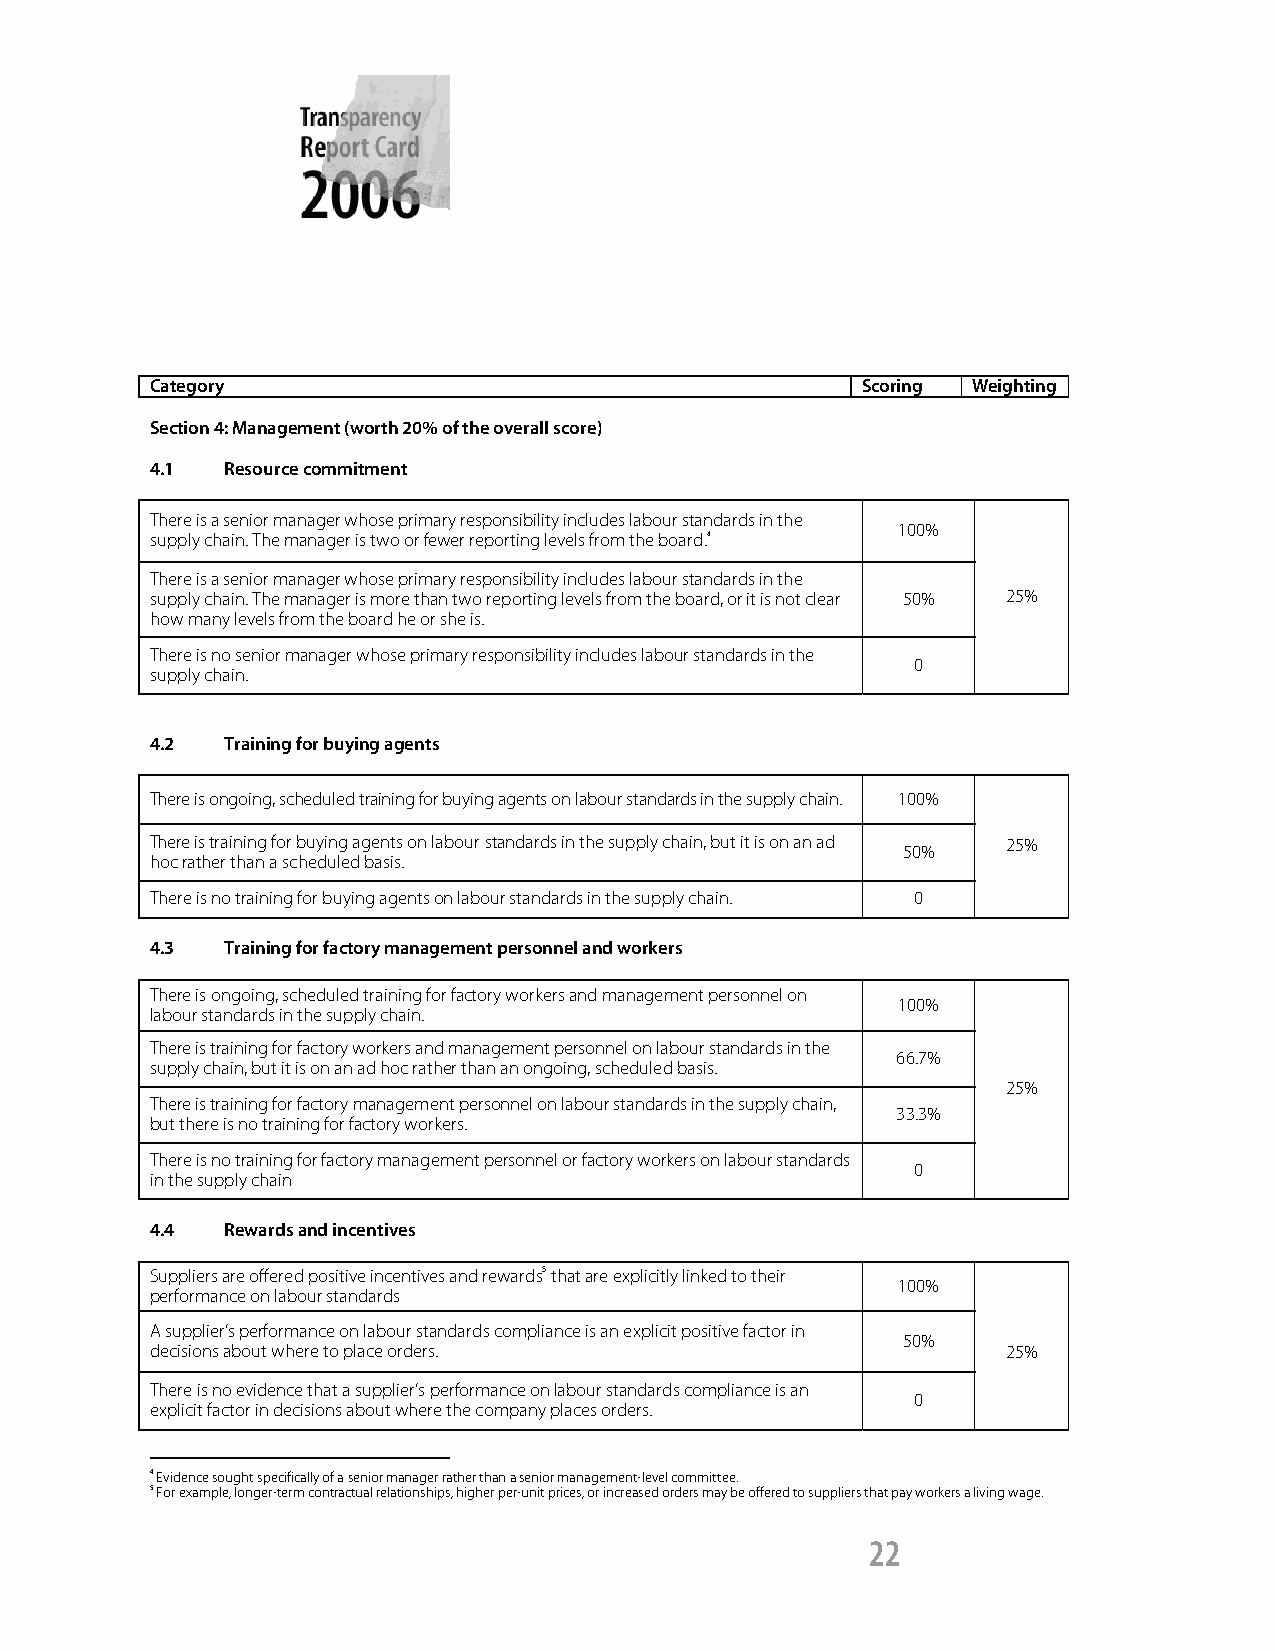
Category                                       Scoring Weighting
 Section 4: Management (worth 20% of the overall score)
 4.1  Resource commitment
 There is a senior manager whose primary responsibility includes labour standards in the
 100%
 supply chain. The manager is two or fewer reporting levels from the board.4
 There is a senior manager whose primary responsibility includes labour standards in the
 supply chain. The manager is more than two reporting levels from the board, or it is not clear 50% 25%
 how many levels from the board he or she is.
 There is no senior manager whose primary responsibility includes labour standards in the
 0
 supply chain.
 4.2  Training for buying agents
 There is ongoing, scheduled training for buying agents on labour standards in the supply chain. 100%
 There is training for buying agents on labour standards in the supply chain, but it is on an ad 50% 25%
 hoc rather than a scheduled basis.
 There is no training for buying agents on labour standards in the supply chain. 0
 4.3  Training for factory management personnel and workers
 There is ongoing, scheduled training for factory workers and management personnel on
 100%
 labour standards in the supply chain.
 There is training for factory workers and management personnel on labour standards in the
 66.7%
 supply chain, but it is on an ad hoc rather than an ongoing, scheduled basis.
 25%
 There is training for factory management personnel on labour standards in the supply chain,
 33.3%
 but there is no training for factory workers.
 There is no training for factory management personnel or factory workers on labour standards
 0
 in the supply chain
 4.4  Rewards and incentives
 Suppliers are offered positive incentives and rewards5 that are explicitly linked to their
 performance on labour standards
 100%
 A supplier’s performance on labour standards compliance is an explicit positive factor in
 50%
 decisions about where to place orders.                   25%
 There is no evidence that a supplier’s performance on labour standards compliance is an
 0
 explicit factor in decisions about where the company places orders.
 4 Evidence sought specifically of a senior manager rather than a senior management-level committee.
 5 For example, longer-term contractual relationships, higher per-unit prices, or increased orders may be offered to suppliers that pay workers a living wage.
 22